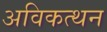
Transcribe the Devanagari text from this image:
अविकत्थन